Mental hospitals Bombay report 1921-28 - 1921-1928
Year: 1921
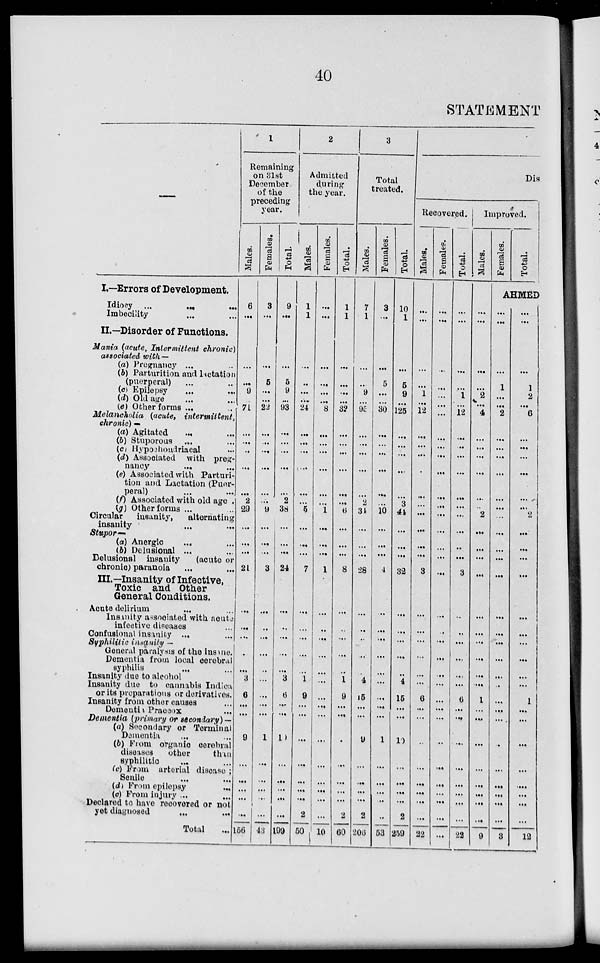
40
STATEMENT
I.—Errors of Development.
Idiocy ...
...
...
Imbecility ... ...
II.—Disorder of Functions.
Mania (acute, Intermittent chronic)
associated with —
(a) Pregnancy ... ...
(b) Parturition and lactation
(puerperal) ... ...
(c) Epilepsy ... ...
(d) Old age ... ...
(e) Other forms ...
Melancholia (acute, intertmittent
chronic) —
(a) Agitated ... ...
(b) Stuporous ... ...
(c) Hypochondriacal ... ...
(d) Associated with preg-
nancy
...
...
(e) Associated with Parturi-
tion and Lactation (Puer-
peral)
(f) Associated with old age .
(g) Other forms ... ...
Circular
insanity,
alternating
insanity ... ...
Stupor—
(a) Anergic ... ...
(b) Delusional ... ...
Delusional insanity
(acute or
chronic) paranoia ... ...
III.—Insanity of Infective,
Toxic and Other
General Conditions.
Acute delirium ... ...
Insanity associated with acute
infective diseases ...
Confusional insanity ... ...
Syphilitic insanity —
General paralysis of the insane.
Dementia from local cerebral
syphilis ... ...
Insanity due to alcohol
Insanity due to cannabis Indica
or its preparations or derivatives.
Insanity from other causes ... ...
Dementia Praecox ... ...
Dementia (primary or secondary) —
(a) Secondary or Terminal
Dementia ... ...
(b) From organic cerebral
diseases
other
than
syphilitic ... ...
(c) From arterial disease ;
Senile ... ...
(d) From epilepsy
...
(e) From injury ... ...
Declared to have recovered or not
yet diagnosed ... ...
Total ...
1
Remaining
on 31st
December
of the
preceding
year.
Males.
6
...
...
...
9
...
71
...
...
...
...
...
2
29
...
...
...
21
...
...
...
...
...
3
6
...
...
9
...
...
...
...
...
156
Females.
3
...
...
5
...
...
22
...
...
...
...
...
...
9
...
...
...
3
...
...
...
...
...
...
...
...
...
1
...
...
...
...
...
43
Total.
9
...
...
5
9
...
93
...
...
...
...
...
2
38
...
...
...
24
...
...
...
...
...
3
6
...
...
10
...
...
...
...
...
199
2
Admitted
during
the year.
Males.
1
1
...
...
...
...
24
...
...
...
...
...
...
5
...
...
...
7
...
...
...
...
...
1
9
...
...
...
...
...
...
...
2
50
Females.
...
...
...
...
...
...
8
...
...
...
...
...
...
1
...
...
...
1
...
...
...
...
...
...
...
...
...
...
...
...
...
...
...
10
Total.
1
1
...
...
...
...
32
...
...
...
...
...
...
6
...
...
...
8
...
...
...
...
...
1
9
...
...
...
...
...
...
...
2
60
3
Total
treated.
Males.
7
1
...
...
9
...
95
...
...
...
...
...
2
34
...
...
...
28
...
...
...
...
...
4
15
...
...
9
...
...
...
...
2
206
Females.
3
...
...
5
...
...
30
...
...
...
...
...
...
10
...
...
...
4
...
...
...
...
...
...
...
...
...
1
...
...
...
...
...
53
Total.
10
1
...
5
9
...
125
...
...
...
...
...
3
44
...
...
...
32
...
...
...
...
...
4
15
...
...
10
...
...
...
...
2
259
Dis
Recovered.
Males.
...
...
...
...
1
...
12
...
...
...
...
...
...
...
...
...
...
3
...
...
...
...
...
...
6
...
...
...
...
...
...
...
...
22
Females.
...
...
...
...
...
...
...
...
...
...
...
...
...
...
...
...
...
...
...
...
...
...
...
...
...
...
...
...
...
...
...
...
...
...
Total.
...
...
...
...
1 ...
12
...
...
...
...
...
...
...
...
..
...
3
...
...
...
...
...
...
6
...
...
...
...
...
...
...
...
22
Improved.
Males.
...
...
...
...
2
...
4
...
...
...
...
...
...
2
...
...
...
...
...
...
...
...
...
....
1
...
...
...
...
...
...
...
...
...
9
Females.
Total.
AHMED
...
...
...
1
...
...
2
...
...
...
...
...
...
...
...
...
...
...
...
...
...
...
...
...
...
...
...
...
...
...
...
...
...
...
3
...
...
...
1
2
...
6
...
...
...
...
...
...
2
...
...
...
...
...
...
...
...
...
...
1
...
...
...
...
...
...
...
12